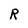
Character: R